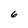
Character: 6